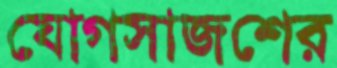
যোগসাজশের